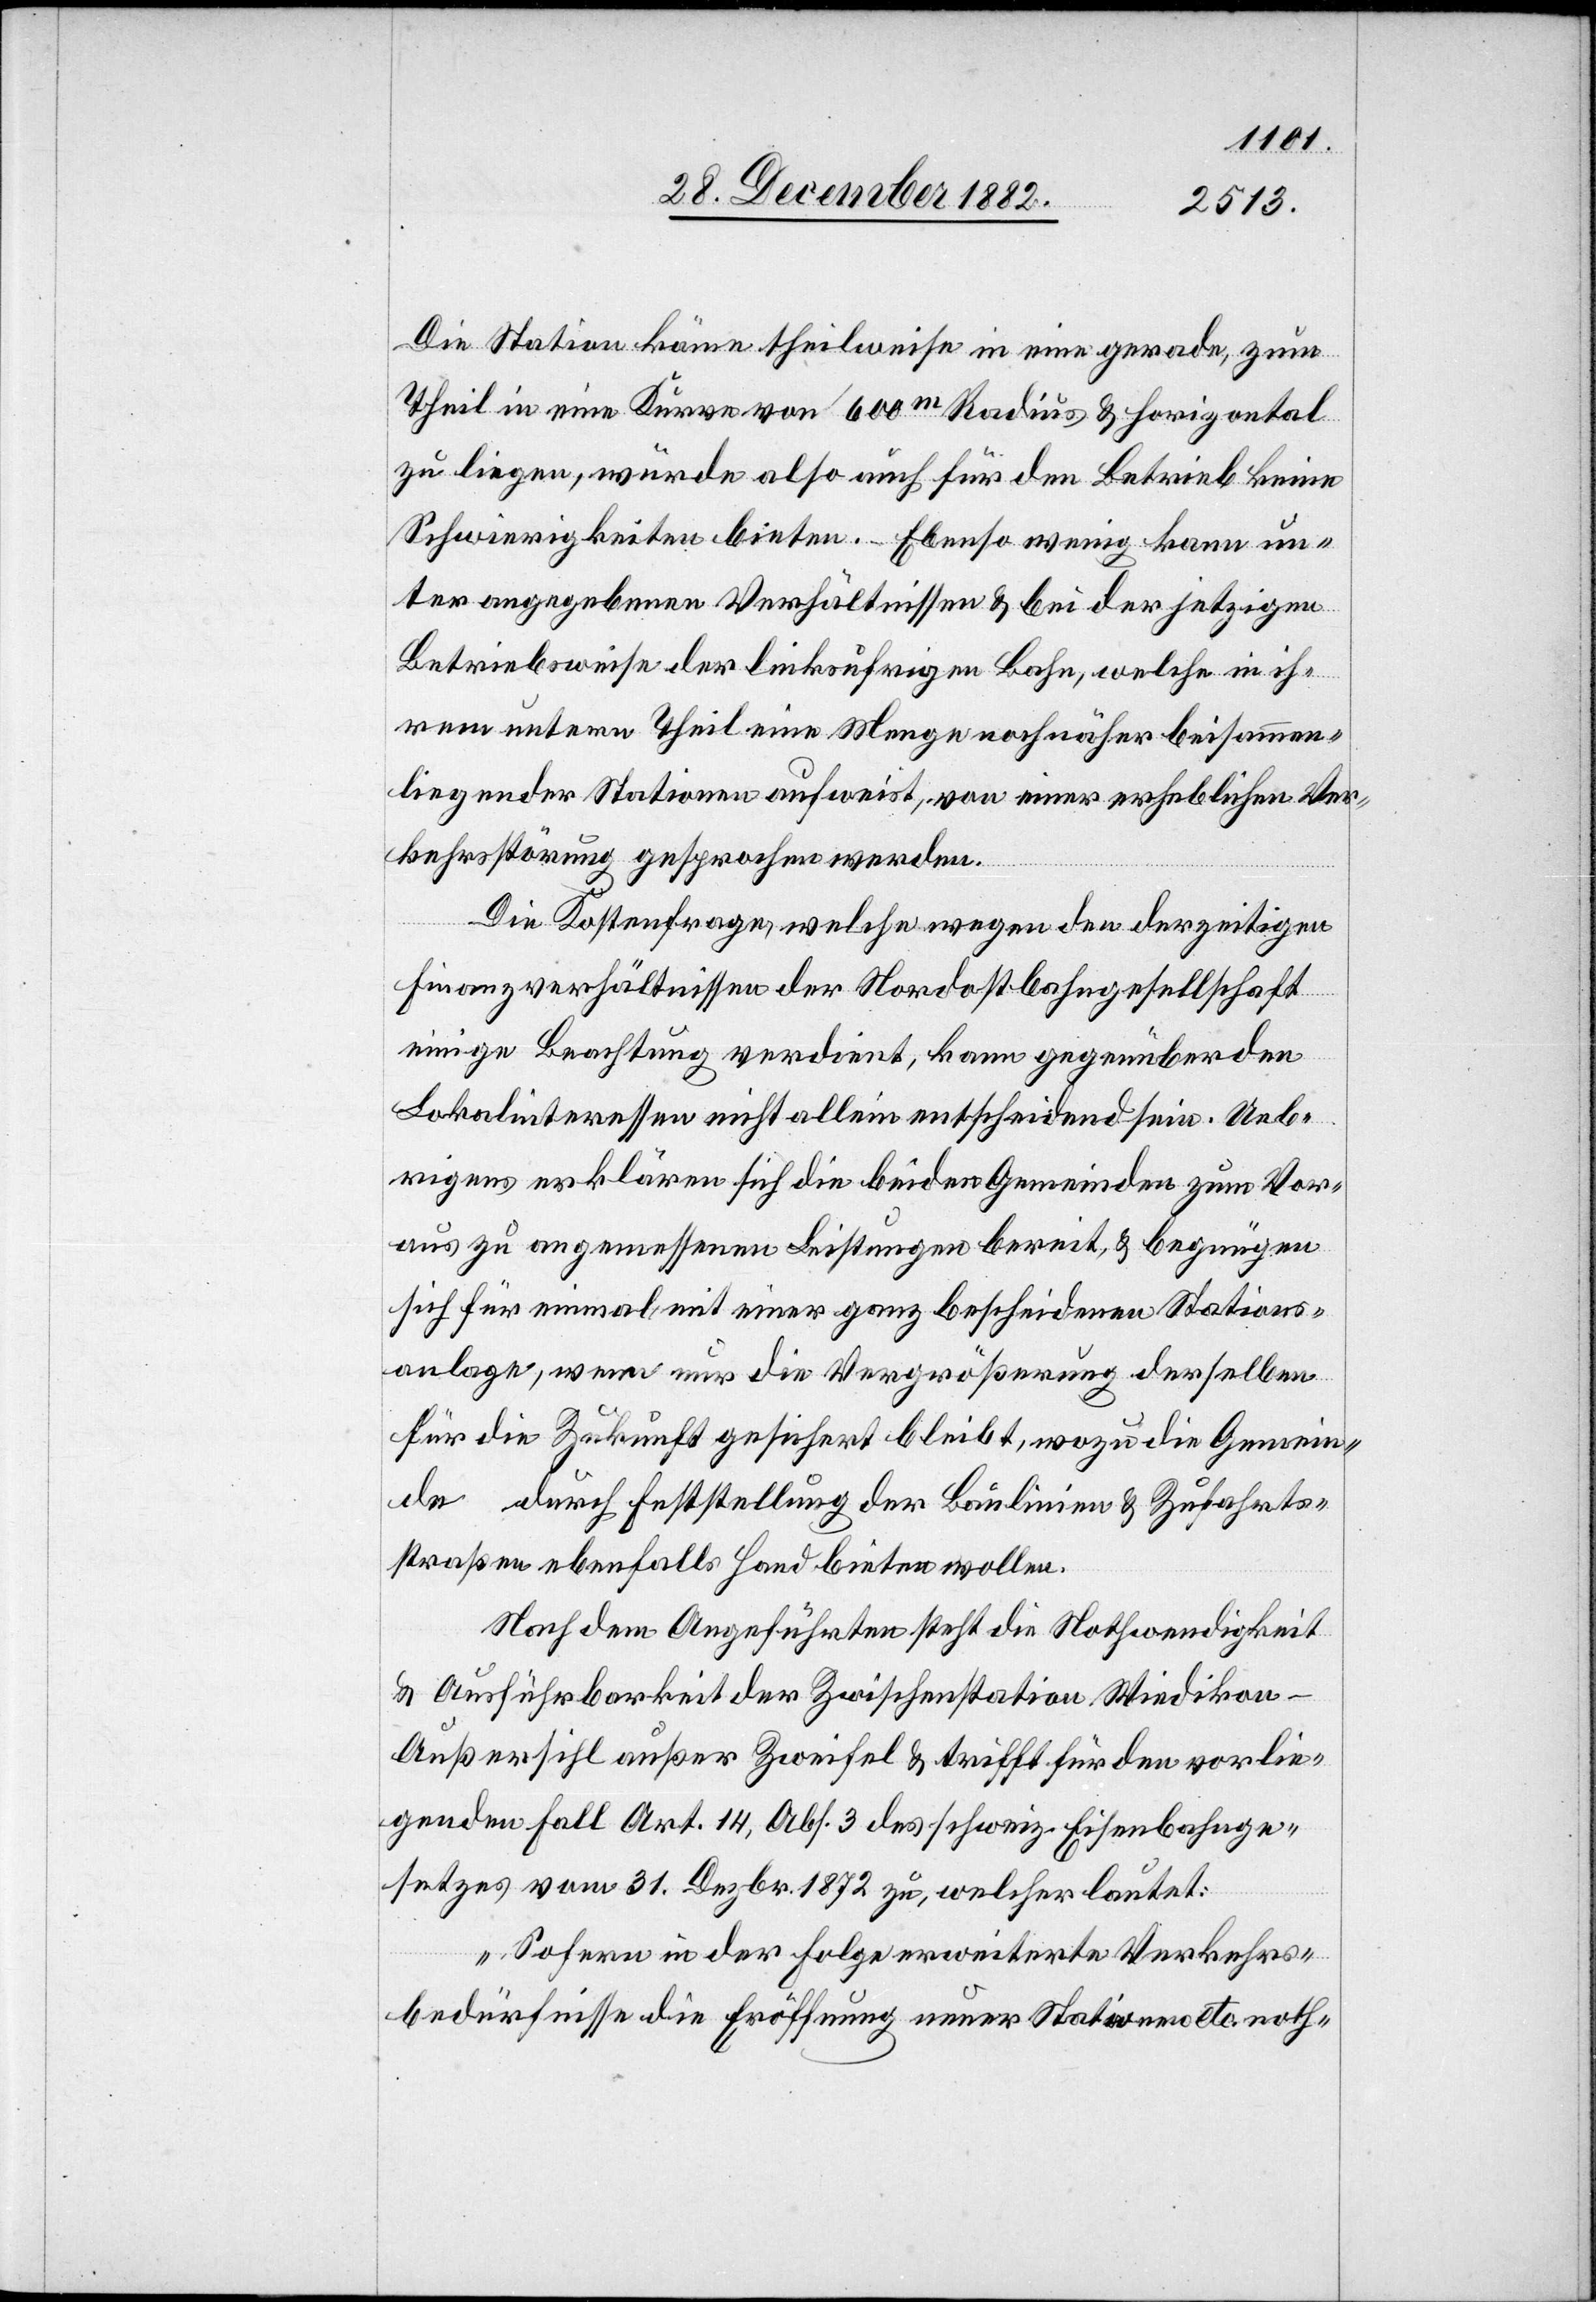
Die Station käme theilweise in eine gerade, zum
Theil in eine Kurve von 600m Radius & horizontal
zu liegen, würde also auch für den Betrieb keine
Schwierigkeiten bieten. – Ebenso wenige kann un¬
ter angegebenen Verhältnissen & bei der jetzigen
Betriebswese der linksufrigen Bahn, welche in ih¬
rem untern Theil eine Menge noch näher beisammen¬
liegender Stationen aufweist, von einer erheblichen Ver¬
kehrsstörung gesprochen werden.
Die Kostenfrage, welche wegen den derzeitigen
Finanzverhältnissen der Nordostbahngesellschaft
einige Beachtung verdient, kann gegenüber den
Lokalinteressen nicht allein entscheidend sein. Ueb¬
rigens erklären sich die beiden Gemeinden zum Vor¬
aus zu angemessenen Leistungen bereit, & begnügen
sich für einmal mit einer ganz bescheidenen Stations¬
anlage, wenn nur die Vergrößerung derselben
für die Zukunft gesichert beleibt, wozu die Gemein¬
de[n] durch Feststellung der Baulinien & Zufahrts¬
straßen ebenfalls Hand bieten wollen.
Nach dem Angeführten steht die Nothwendigkeit
& Ausführbarkeit der Zwischenstation Wiedikon-A¬
ußersihl außer Zweifel & trifft für den vorlie¬
genden Fall Art. 14, Abs. 3 des schweiz. Eisenbahnge¬
setzes vom 31. Dezbr. 1872 zu, welcher lautet:
„Sofern in der Folge erweiterte Verkehrs¬
bedürfnisse die Eröffnung neuer Stationen etc. noth-